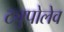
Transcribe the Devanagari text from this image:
ट्युपोलेव